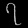
Digit: ၇